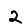
Digit: 2